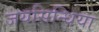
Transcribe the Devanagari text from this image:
जयसिन्धिया